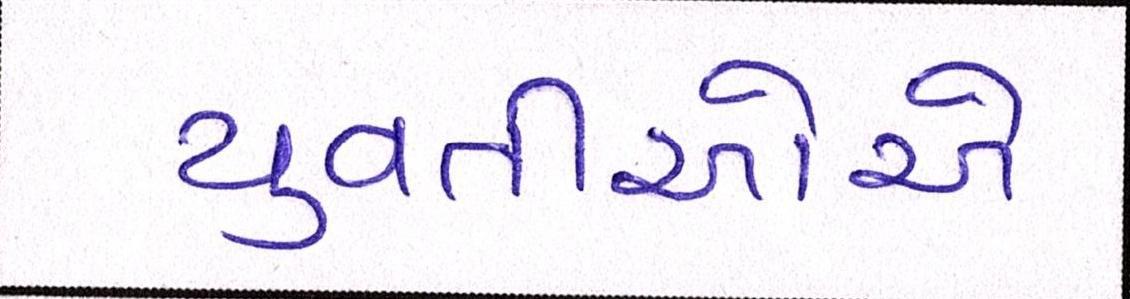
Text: યુવતીઓએ